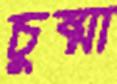
চুষ্মা